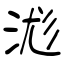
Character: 浝